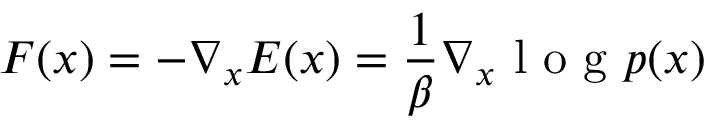
F ( x ) = - \nabla _ { x } E ( x ) = \frac { 1 } { \beta } \nabla _ { x } \textrm { l o g } p ( x )